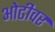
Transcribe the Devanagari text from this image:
ओढीवर